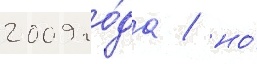
2009 го́да / но́